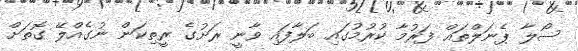
ސޯލާ ޕެނަލްތައް ފަރުމާ ކުރުމުގައި ބަލާފައި ވާނީ ރަށުގެ ރީތިކަން ނުގެއްލޭ ގޮތަށް